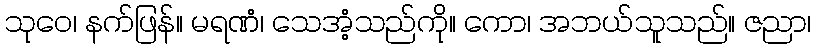
သုဝေ၊ နက်ဖြန်။ မရဏံ၊ သေအံ့သည်ကို။ ကော၊ အဘယ်သူသည်။ ဇညာ၊